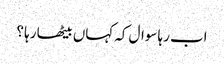
اب رہا سوال کہ کہاں بیٹھا رہا ؟